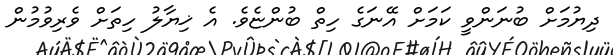
ދިޔުމަށް ބުނަންވީ ކަމަށް އޭނަގެ ހިތް ބުންޏެވެ. އެ ޚިޔާލު ހިތަށް ވެރިވުމުން